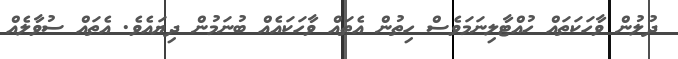
ދުލުން ވާހަކަތައް ހުއްޓާލިނަމަވެސް ހިތުން އެތައް ވާހަކައެއް ބުނަމުން ދިޔައެވެ. އެތައް ސުވާލެއް